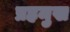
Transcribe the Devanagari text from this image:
प्रहमुख